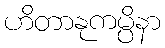
ဟိတာနုကမ္ပိနာ